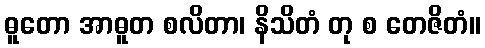
ဓူတော အာဓူတ စလိတာ၊ နိသိတံ တု စ တေဇိတံ။